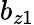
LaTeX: b_{z1}